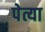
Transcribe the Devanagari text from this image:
पेत्या